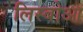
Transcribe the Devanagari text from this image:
लिस्बोआ